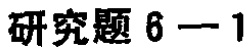
研究题 6 - 1